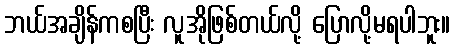
ဘယ်အချိန်ကစပြီး လူအိုဖြစ်တယ်လို့ ပြောလို့မရပါဘူး။